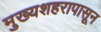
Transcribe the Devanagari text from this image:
मुख्यशहरापासून